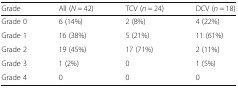
| Grade | All (N = 42) | TCV (n = 24) | DCV (n = 18) |
 | --- | --- | --- | --- |
 | Grade 0 | 6 (14%) | 2 (8%) | 4 (22%) |
 | Grade 1 | 16 (38%) | 5 (21%) | 11 (61%) |
 | Grade 2 | 19 (45%) | 17 (71%) | 2 (11%) |
 | Grade 3 | 1 (2%) | 0 | 1 (5%) |
 | Grade 4 | 0 | 0 | 0 |